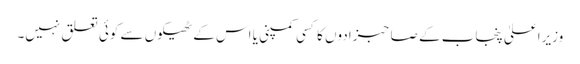
وزیراعلیٰ پنجاب کے صاحبزادوں کا کسی کمپنی یا اس کے ٹھیکوں سے کوئی تعلق نہیں۔